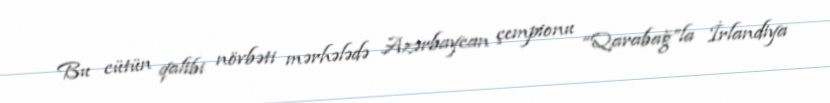
Bu cütün qalibi növbəti mərhələdə Azərbaycan çempionu “Qarabağ”la İrlandiya